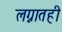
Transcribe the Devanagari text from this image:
लग्नातही